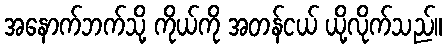
အနောက်ဘက်သို့ ကိုယ်ကို အတန်ငယ် ယို့လိုက်သည်။